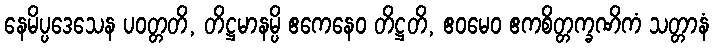
နေမိပ္ပဒေသေန ပဝတ္တတိ, တိဋ္ဌမာနမ္ပိ ဧကေနေဝ တိဋ္ဌတိ, ဧဝမေဝ ဧကစိတ္တက္ခဏိကံ သတ္တာနံ